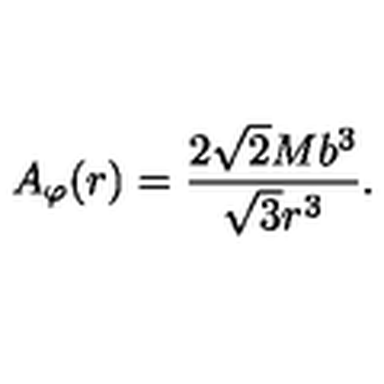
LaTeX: { A } _ { \varphi } ( r ) = \frac { 2 \sqrt { 2 } M b ^ { 3 } } { \sqrt { 3 } r ^ { 3 } } .